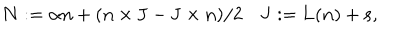
{ \bf N } : = { \alpha } { \bf n } + ( { \bf n } \times { \bf J } - { \bf J } \times { \bf n } ) / 2 \quad { \bf J } : = { \bf L } ( { \bf n } ) + { \bf s } ,